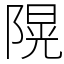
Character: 𨻙